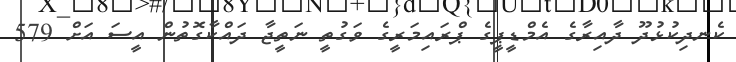
ކެނދިކުޅުދޫ ދާއިރާގެ އެމްޑީޕީގެ ޕްރައިމަރީގެ ވަގުތީ ނަތީޖާ ދައްކާގޮތުން އީސަ އަށް 579